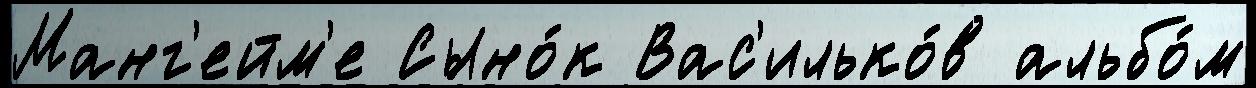
Манг'ейм'е Сыно́к Вас'илько́в альбо́м